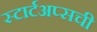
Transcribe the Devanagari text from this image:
स्टार्टअप्सची